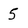
Character: 5